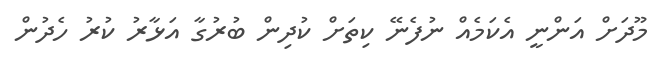
މޫދަށް އަންނީ އެކަމެއް ނުފެނޭ ކިތަށް ކުދިން ބުރުގާ އަޅާރު ކުރު ހެދުން